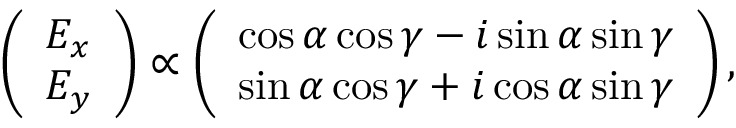
\begin{array} { r } { \left( \begin{array} { l } { E _ { x } } \\ { E _ { y } } \end{array} \right) \propto \left( \begin{array} { l } { \cos \alpha \cos \gamma - i \sin \alpha \sin \gamma } \\ { \sin \alpha \cos \gamma + i \cos \alpha \sin \gamma } \end{array} \right) , } \end{array}